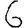
Digit: 6